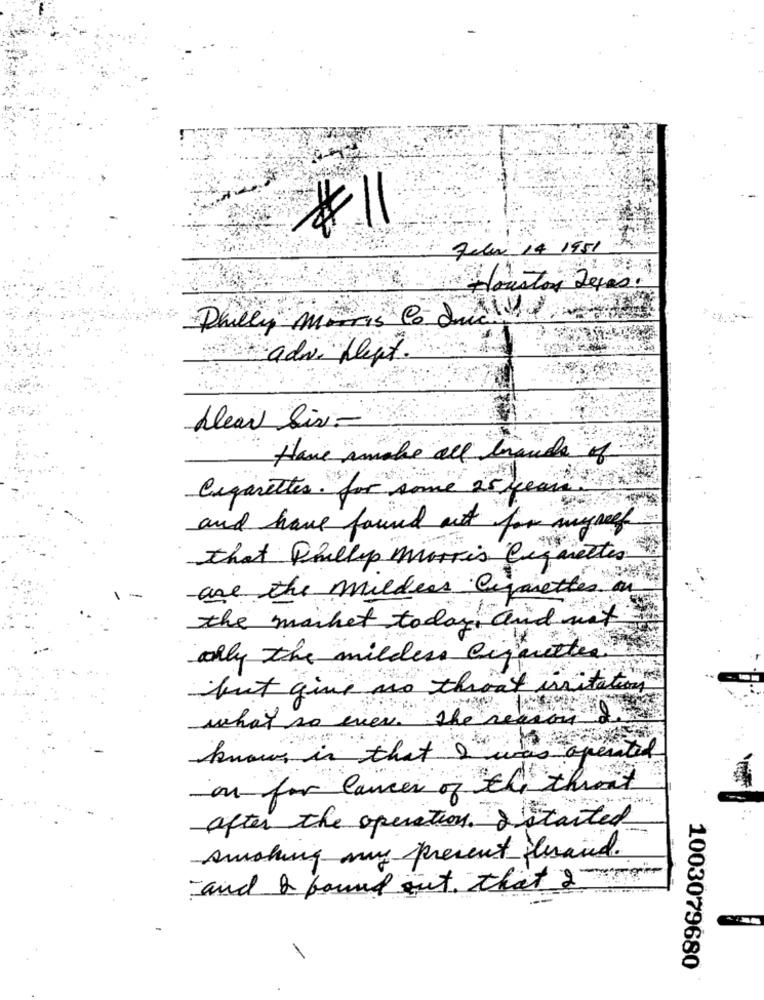
*11
Felen 14 1951
Houston Texas .
Philly morris Co duda
adw. Hlept .
blear Siv-
Have amake all brands of
Cigarettes. for some 25 years
and have found out for myself
that Phillip morris Coquettes
are the mulders Cigarettes on
1
the market today and not
only the milders biquettes
but give no throat irritation
what so ever. the reason
known in that 2
agented
on for Cancer of the thront
after the operation. I started
smoking my present land .
and I found out that 2
1003079680